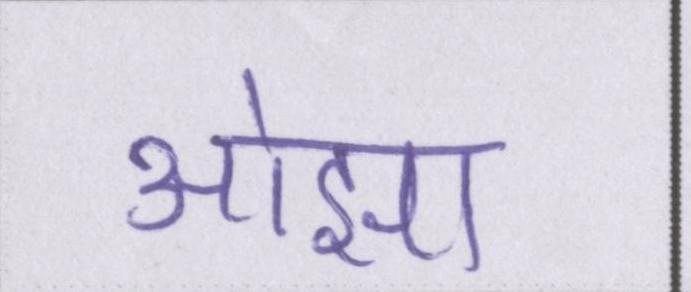
ओझा